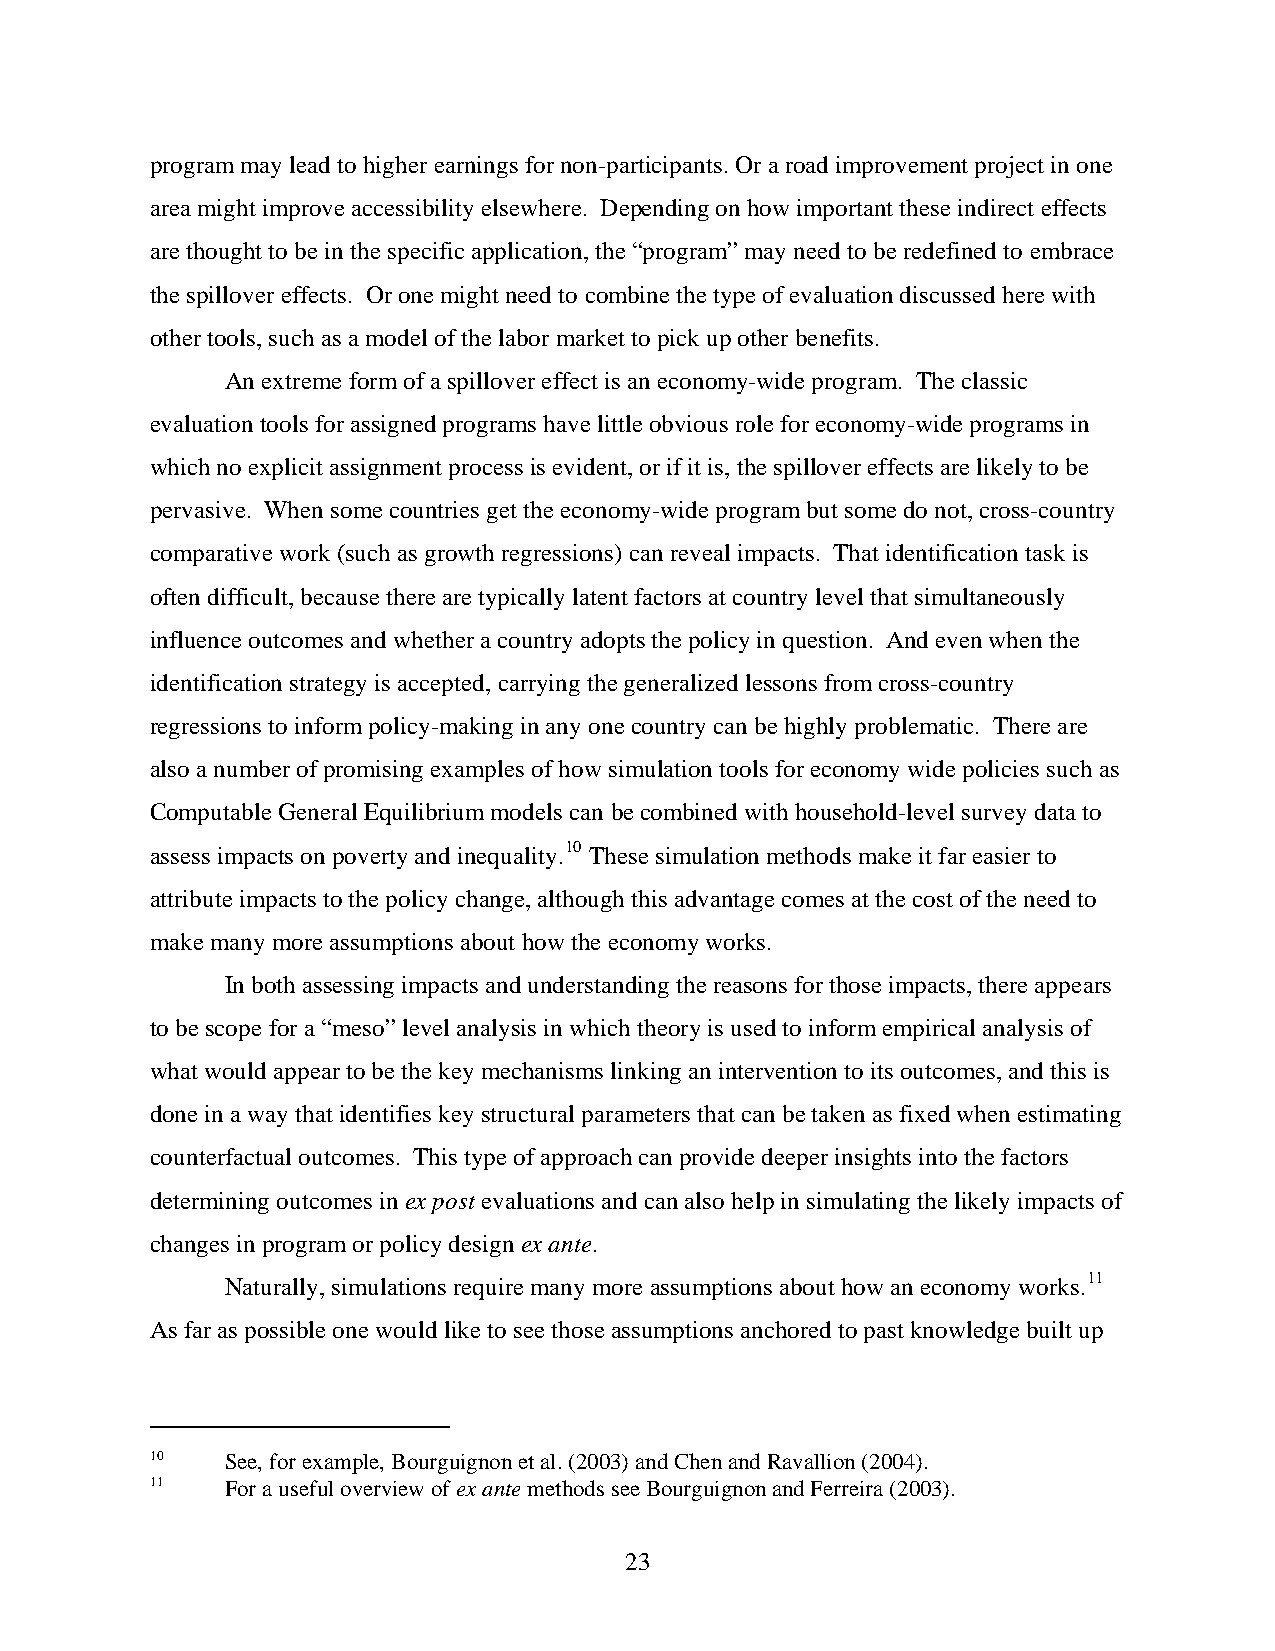
program may lead to higher earnings for non-participants. Or a road improvement project in one
 area might improve accessibility elsewhere. Depending on how important these indirect effects
 are thought to be in the specific application, the “program” may need to be redefined to embrace
 the spillover effects. Or one might need to combine the type of evaluation discussed here with
 other tools, such as a model of the labor market to pick up other benefits.
 An extreme form of a spillover effect is an economy-wide program. The classic
 evaluation tools for assigned programs have little obvious role for economy-wide programs in
 which no explicit assignment process is evident, or if it is, the spillover effects are likely to be
 pervasive. When some countries get the economy-wide program but some do not, cross-country
 comparative work (such as growth regressions) can reveal impacts. That identification task is
 often difficult, because there are typically latent factors at country level that simultaneously
 influence outcomes and whether a country adopts the policy in question. And even when the
 identification strategy is accepted, carrying the generalized lessons from cross-country
 regressions to inform policy-making in any one country can be highly problematic. There are
 also a number of promising examples of how simulation tools for economy wide policies such as
 Computable General Equilibrium models can be combined with household-level survey data to
 assess impacts on poverty and inequality.10 These simulation methods make it far easier to
 attribute impacts to the policy change, although this advantage comes at the cost of the need to
 make many more assumptions about how the economy works.
 In both assessing impacts and understanding the reasons for those impacts, there appears
 to be scope for a “meso” level analysis in which theory is used to inform empirical analysis of
 what would appear to be the key mechanisms linking an intervention to its outcomes, and this is
 done in a way that identifies key structural parameters that can be taken as fixed when estimating
 counterfactual outcomes. This type of approach can provide deeper insights into the factors
 determining outcomes in ex post evaluations and can also help in simulating the likely impacts of
 changes in program or policy design ex ante.
 Naturally, simulations require many more assumptions about how an economy works.11
 As far as possible one would like to see those assumptions anchored to past knowledge built up
 10   See, for example, Bourguignon et al. (2003) and Chen and Ravallion (2004).
 11   For a useful overview of ex ante methods see Bourguignon and Ferreira (2003).
 23